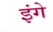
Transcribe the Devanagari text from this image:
इंगे